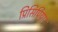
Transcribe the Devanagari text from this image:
प्रिसिपिया